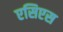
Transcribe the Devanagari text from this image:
एसिएस